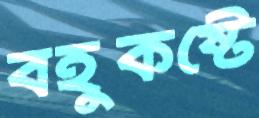
বহুকষ্টে